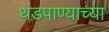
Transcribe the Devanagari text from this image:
थंडपाण्याच्या